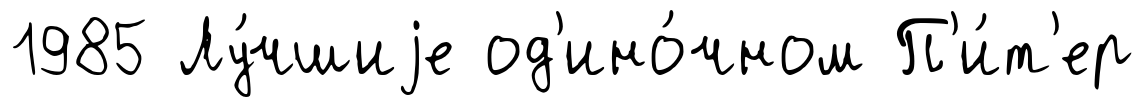
1985 Лу́чшиjе од'ино́чном П'и́т'ер